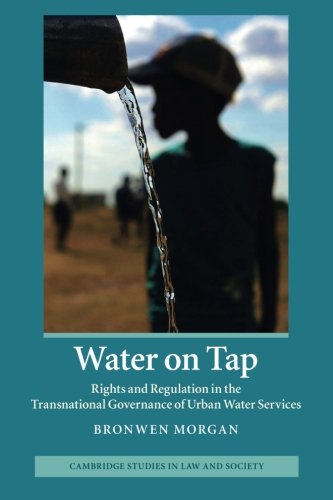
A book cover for Water on Tap: Rights and Regulation in the Transnational Governance of Urban Water Services (Cambridge Studies in Law and Society); Bronwen Morgan; Law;